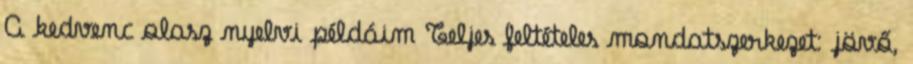
A kedvenc olasz nyelvi példáim Teljes feltételes mondatszerkezet: jövő,